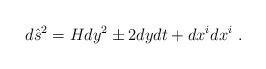
LaTeX: \begin{align*}d{\hat s}^2 = Hdy^2 \pm 2dydt+ dx^idx^i\ .\end{align*}